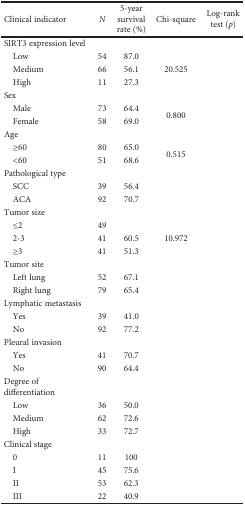
<table><thead><tr><td><b>Clinical indicator</b></td><td><b><i>N</i></b></td><td><b>5-year survival rate (%)</b></td><td><b>Chi-square</b></td><td><b>Log-rank test (<i>p</i>)</b></td></tr></thead><tbody><tr><td>SIRT3 expression level</td><td>[EMPTY_CELL]</td><td>[EMPTY_CELL]</td><td>[EMPTY_CELL]</td><td>[EMPTY_CELL]</td></tr><tr><td> Low</td><td>54</td><td>87.0</td><td rowspan="3">20.525</td><td rowspan="3">[EMPTY_CELL]</td></tr><tr><td> Medium</td><td>66</td><td>56.1</td></tr><tr><td> High</td><td>11</td><td>27.3</td></tr><tr><td>Sex</td><td>[EMPTY_CELL]</td><td>[EMPTY_CELL]</td><td>[EMPTY_CELL]</td><td>[EMPTY_CELL]</td></tr><tr><td> Male</td><td>73</td><td>64.4</td><td rowspan="2">0.800</td><td rowspan="2">[EMPTY_CELL]</td></tr><tr><td> Female</td><td>58</td><td>69.0</td></tr><tr><td>Age</td><td>[EMPTY_CELL]</td><td>[EMPTY_CELL]</td><td>[EMPTY_CELL]</td><td>[EMPTY_CELL]</td></tr><tr><td> ≥60</td><td>80</td><td>65.0</td><td rowspan="2">0.515</td><td rowspan="2">[EMPTY_CELL]</td></tr><tr><td> &lt;60</td><td>51</td><td>68.6</td></tr><tr><td>Pathological type</td><td>[EMPTY_CELL]</td><td>[EMPTY_CELL]</td><td>[EMPTY_CELL]</td><td>[EMPTY_CELL]</td></tr><tr><td> SCC</td><td>39</td><td>56.4</td><td rowspan="2">[EMPTY_CELL]</td><td rowspan="2">[EMPTY_CELL]</td></tr><tr><td> ACA</td><td>92</td><td>70.7</td></tr><tr><td>Tumor size</td><td>[EMPTY_CELL]</td><td>[EMPTY_CELL]</td><td>[EMPTY_CELL]</td><td>[EMPTY_CELL]</td></tr><tr><td> ≤2</td><td>49</td><td>[EMPTY_CELL]</td><td rowspan="3">10.972</td><td rowspan="3">[EMPTY_CELL]</td></tr><tr><td> 2-3</td><td>41</td><td>60.5</td></tr><tr><td> ≥3</td><td>41</td><td>51.3</td></tr><tr><td>Tumor site</td><td>[EMPTY_CELL]</td><td>[EMPTY_CELL]</td><td>[EMPTY_CELL]</td><td>[EMPTY_CELL]</td></tr><tr><td> Left lung</td><td>52</td><td>67.1</td><td rowspan="2">[EMPTY_CELL]</td><td rowspan="2">[EMPTY_CELL]</td></tr><tr><td> Right lung</td><td>79</td><td>65.4</td></tr><tr><td>Lymphatic metastasis</td><td>[EMPTY_CELL]</td><td>[EMPTY_CELL]</td><td>[EMPTY_CELL]</td><td>[EMPTY_CELL]</td></tr><tr><td> Yes</td><td>39</td><td>41.0</td><td rowspan="2">[EMPTY_CELL]</td><td rowspan="2">[EMPTY_CELL]</td></tr><tr><td> No</td><td>92</td><td>77.2</td></tr><tr><td>Pleural invasion</td><td>[EMPTY_CELL]</td><td>[EMPTY_CELL]</td><td>[EMPTY_CELL]</td><td>[EMPTY_CELL]</td></tr><tr><td> Yes</td><td>41</td><td>70.7</td><td rowspan="2">[EMPTY_CELL]</td><td rowspan="2">[EMPTY_CELL]</td></tr><tr><td> No</td><td>90</td><td>64.4</td></tr><tr><td>Degree of differentiation</td><td>[EMPTY_CELL]</td><td>[EMPTY_CELL]</td><td>[EMPTY_CELL]</td><td>[EMPTY_CELL]</td></tr><tr><td> Low</td><td>36</td><td>50.0</td><td rowspan="3">[EMPTY_CELL]</td><td rowspan="3">[EMPTY_CELL]</td></tr><tr><td> Medium</td><td>62</td><td>72.6</td></tr><tr><td> High</td><td>33</td><td>72.7</td></tr><tr><td>Clinical stage</td><td>[EMPTY_CELL]</td><td>[EMPTY_CELL]</td><td>[EMPTY_CELL]</td><td>[EMPTY_CELL]</td></tr><tr><td> 0</td><td>11</td><td>100</td><td rowspan="4">[EMPTY_CELL]</td><td rowspan="4">[EMPTY_CELL]</td></tr><tr><td> I</td><td>45</td><td>75.6</td></tr><tr><td> II</td><td>53</td><td>62.3</td></tr><tr><td> III</td><td>22</td><td>40.9</td></tr></tbody></table>